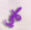
كامي